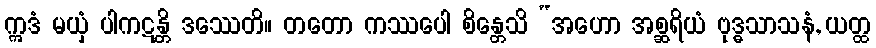
ဣဒံ မယှံ ပါကဋန္တိ ဒဿေတိ။ တတော ကဿပေါ စိန္တေသိ “အဟော အစ္ဆရိယံ ဗုဒ္ဓသာသနံ, ယတ္ထ